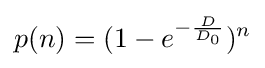
p(n)=(1-e^{-{\frac {D}{D_{0}}}})^{n}